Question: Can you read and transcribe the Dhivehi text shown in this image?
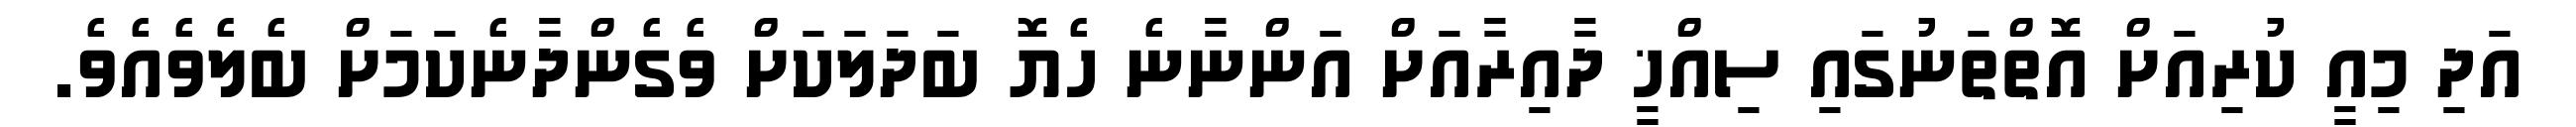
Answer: އަދި މިއީ ކުރިއަށް އޮތްތަނުގައި ސިއްޚީ ދާއިރާއަށް އަންނާނެ ހެޔޮ ބަދަލަކަށް ވެގެންދާނެކަމަށް ބެލެވެއެވެ.